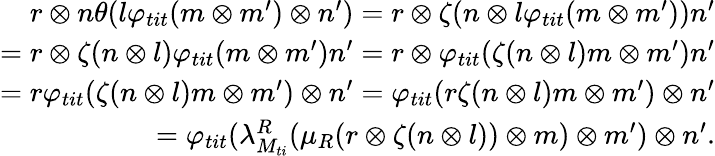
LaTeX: \begin{array}{r}{r\otimes n\theta(l\varphi_{tit}(m\otimes m^{\prime})\otimes n^{\prime})=r\otimes\zeta(n\otimes l\varphi_{tit}(m\otimes m^{\prime}))n^{\prime}}\\ {=r\otimes\zeta(n\otimes l)\varphi_{tit}(m\otimes m^{\prime})n^{\prime}=r\otimes\varphi_{tit}(\zeta(n\otimes l)m\otimes m^{\prime})n^{\prime}}\\ {=r\varphi_{tit}(\zeta(n\otimes l)m\otimes m^{\prime})\otimes n^{\prime}=\varphi_{tit}(r\zeta(n\otimes l)m\otimes m^{\prime})\otimes n^{\prime}}\\ {=\varphi_{tit}(\lambda_{M_{ti}}^{R}(\mu_{R}(r\otimes\zeta(n\otimes l))\otimes m)\otimes m^{\prime})\otimes n^{\prime}.}\end{array}